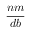
\frac { n m } { d b }